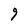
Character: 9